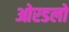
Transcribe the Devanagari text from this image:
ओरडलो